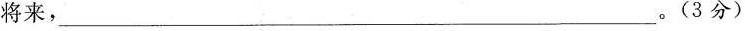
将来，___。(3分)